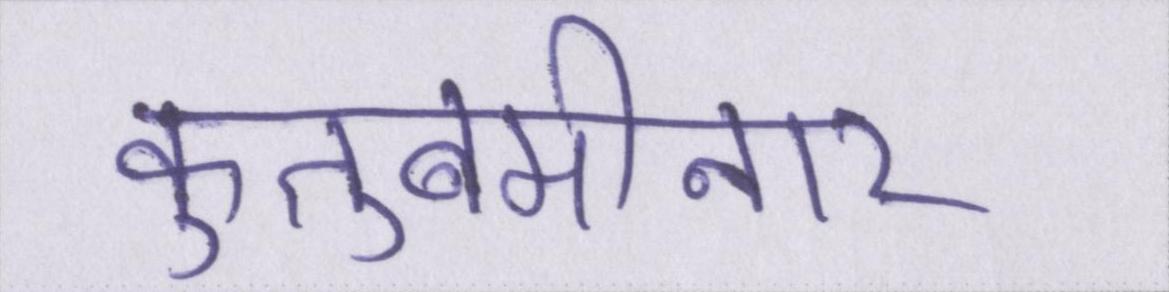
कुतुबमीनार